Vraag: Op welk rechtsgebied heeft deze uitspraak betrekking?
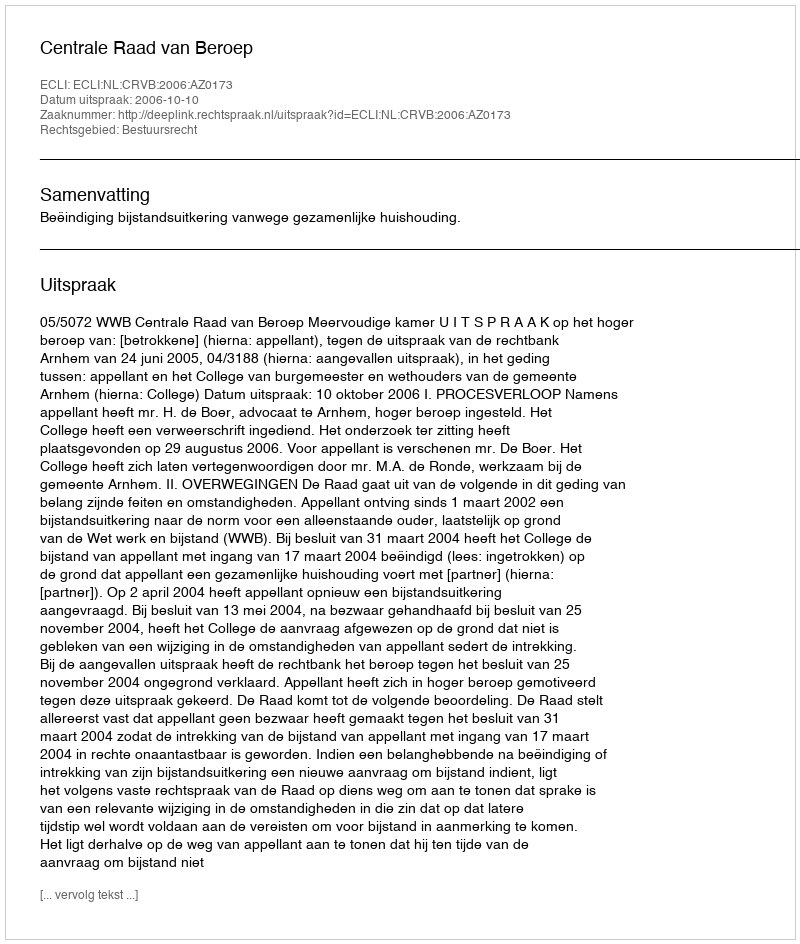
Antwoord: Bestuursrecht